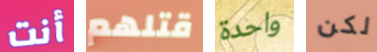
أنت قتلهم واحدة لكن